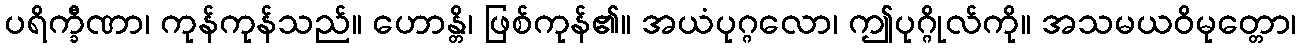
ပရိက္ခီဏာ၊ ကုန်ကုန်သည်။ ဟောန္တိ၊ ဖြစ်ကုန်၏။ အယံပုဂ္ဂလော၊ ဤပုဂ္ဂိုလ်ကို။ အသမယဝိမုတ္တော၊